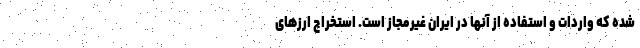
شده که واردات و استفاده از آنها در ایران غیرمجاز است. استخراج ارزهای